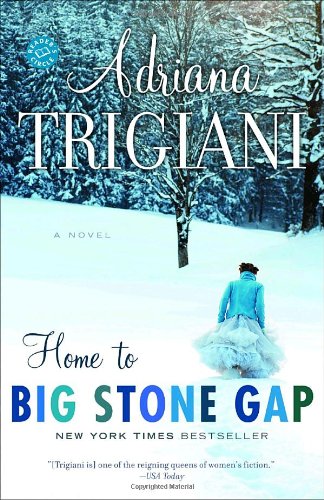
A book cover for Home to Big Stone Gap: A Novel (Big Stone Gap Novels); Adriana Trigiani; Literature & Fiction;